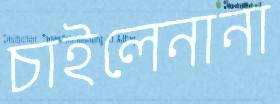
চাইলেনানা